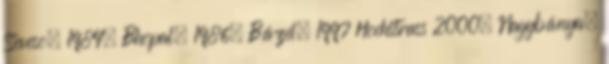
Seveso, 1984. Bhopal, 1986. Bázel, 1997 Hochstrass 2000. Nagybánya,